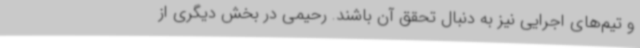
و تیم‌های اجرایی نیز به دنبال تحقق آن باشند. رحیمی در بخش دیگری از